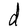
Character: d